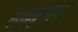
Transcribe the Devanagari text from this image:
ढब्बूभर